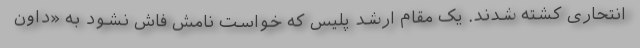
انتحاری کشته شدند. یک مقام ارشد پلیس که خواست نامش فاش نشود به «داون